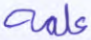
علمه